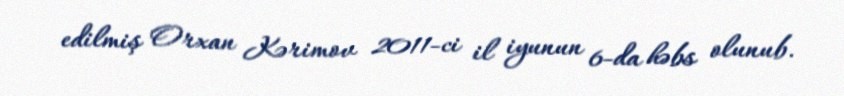
edilmiş Orxan Kərimov 2011-ci il iyunun 6-da həbs olunub.